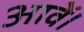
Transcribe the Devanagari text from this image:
आवें।